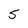
Character: 5